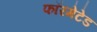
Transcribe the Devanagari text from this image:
फॉरमेटेड